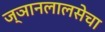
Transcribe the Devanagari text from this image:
ज्ञानलालसेचा